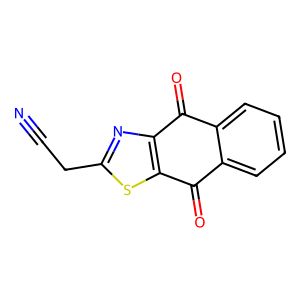
SMILES: N#CCc1nc2c(s1)C(=O)c1ccccc1C2=O
Inhibits HIV replication: No